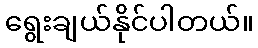
ရွေးချယ်နိုင်ပါတယ်။